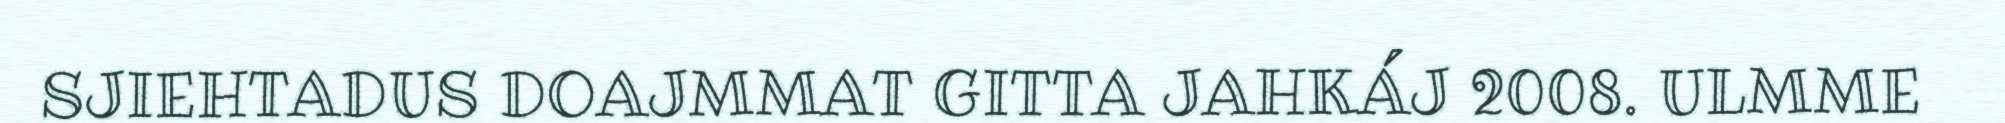
SJIEHTADUS DOAJMMAT GITTA JAHKÁJ 2008. ULMME